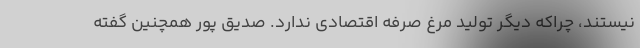
نیستند، چراکه دیگر تولید مرغ صرفه اقتصادی ندارد. صدیق پور همچنین گفته